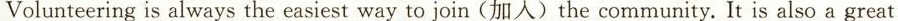
Volunteering is always the easiest way to join (加人)the community. It is also a great